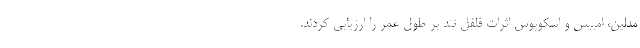
مدلین، امبیس و اسکوپوس اثرات فلفل تند بر طول عمر را ارزیابی کردند.